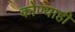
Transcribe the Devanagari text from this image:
कोण्याही